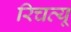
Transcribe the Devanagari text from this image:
रिचव्यू